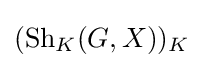
(\operatorname {Sh} _{K}(G,X))_{K}